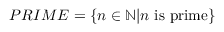
P R I M E = \{ n \in \mathbb { N } | n { \mathrm { ~ i s ~ p r i m e } } \}